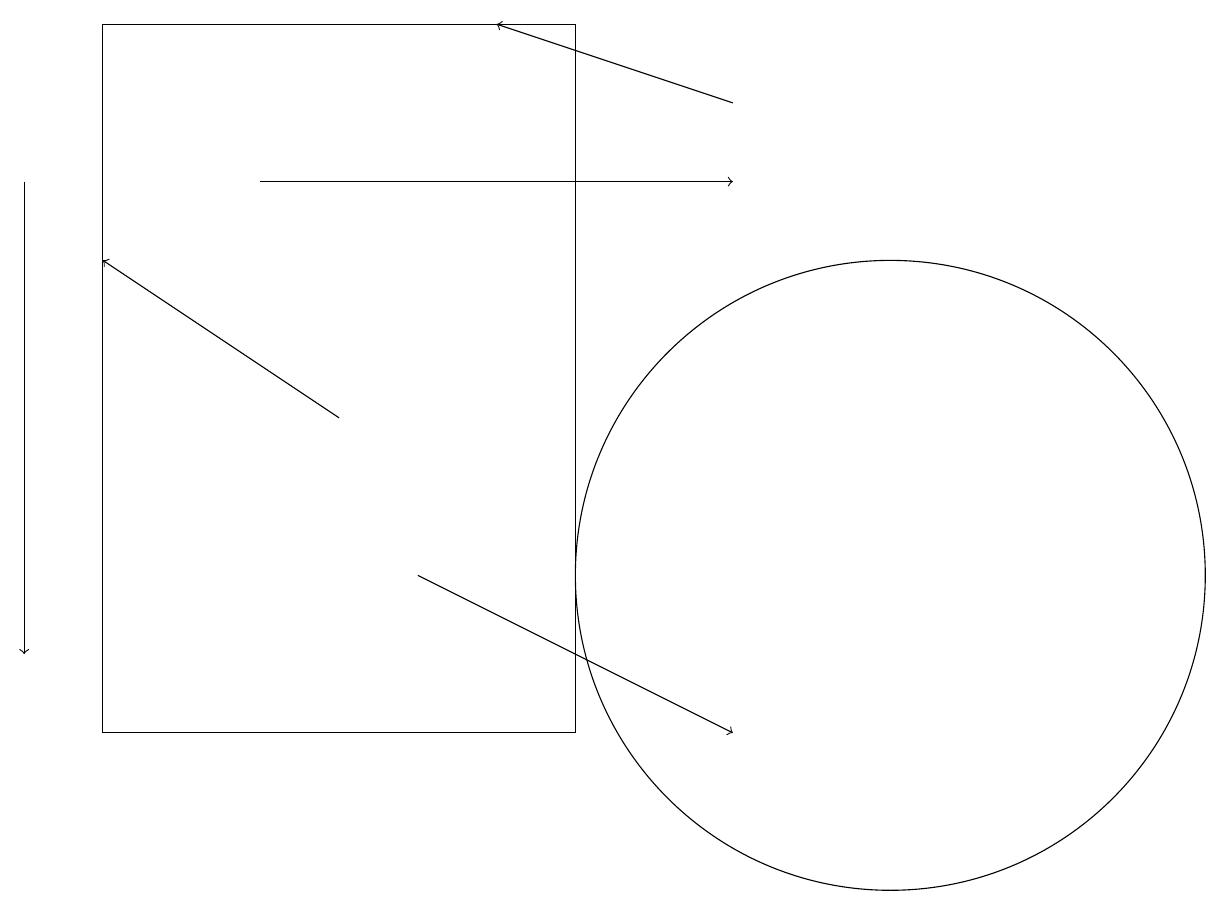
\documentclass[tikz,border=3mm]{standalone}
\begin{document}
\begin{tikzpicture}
\draw (10,11) circle (0);
\draw[->] (9,18) -- (6,19);
\draw[->] (3,17) -- (9,17);
\draw[->] (4,14) -- (1,16);
\draw[->] (5,12) -- (9,10);
\draw (11,12) circle (4);
\draw (7,10) rectangle (1,19);
\draw[->] (0,17) -- (0,11);
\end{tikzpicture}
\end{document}